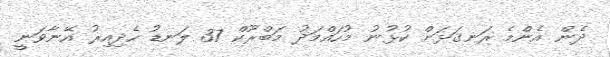
ދެން އެންމެ ރަނގަޅަށް ކުޅުނު މުހައްމަދު މަބްރޫކް 37 ލަނޑު ހެދިއިރު އޭނާވަނީ